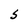
Character: S